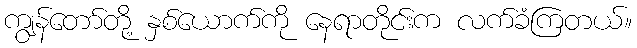
ကျွန်တော်တို့ နှစ်ယောက်ကို နေရာတိုင်းက လက်ခံကြတယ်။